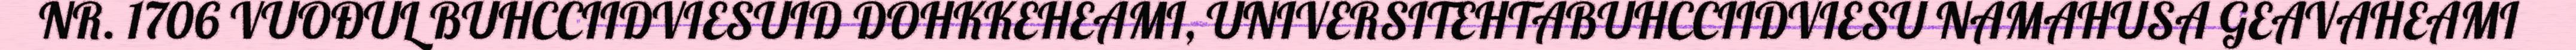
NR. 1706 VUOĐUL BUHCCIIDVIESUID DOHKKEHEAMI, UNIVERSITEHTABUHCCIIDVIESU NAMAHUSA GEAVAHEAMI